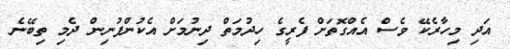
އަދި މިހާރެކޭ ވެސް އެއްގޮތަށް ފެރީގެ ހިދުމަތް ދިނުމަށް އެކުންފުނިން ދެމި ތިބޭނެ